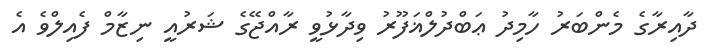
ދާއިރާގެ މެންބަރު ހާމިދު ޢަބްދުލްޣަފޫރު ވިދާޅުވީ ރާއްޖޭގެ ޝަރުއީ ނިޒާމް ފެއިލްވެ އެ